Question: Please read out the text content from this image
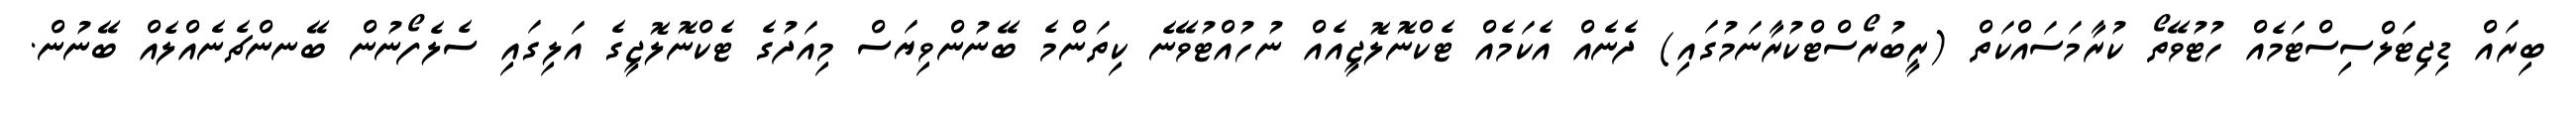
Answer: ބިރައް ޑިޖިޓަލްސިސްޓަމެއް ހުޓުވޭތޯ ކުރާމަސައްކަތް (ރީބުރޯސްޓްކުރާނަމުގައި) ދެނެއް އެކަމެއް ޓެކްނޮލޮޖީއެއް ނުހުއްޓުވޭނެ ކިތަންމެ ބޭނުންވިޔަސް މިއަދުގެ ޓެކްނޮލޮޖީގެ އަލިގައި ސެލެފޯނުން ބޭނންޗެނެއްލެއް ބޭނުން.